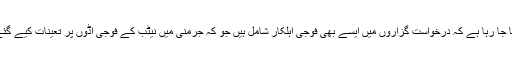
خیال کیا جا رہا ہے کہ درخواست گزاروں میں ایسے بھی فوجی اہلکار شامل ہیں جو کہ جرمنی میں نیٹب کے فوجی اڈوں پر تعینات کیے گئے تھے۔